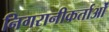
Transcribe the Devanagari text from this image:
निगरानीकर्ताओं